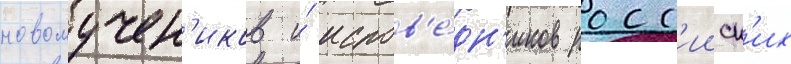
новомучен'иков и́ испов'е́дн'иков росс'ииск'их